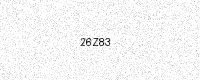
Text: 26Z83